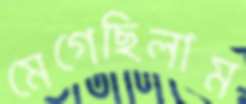
মেগেছিলাম